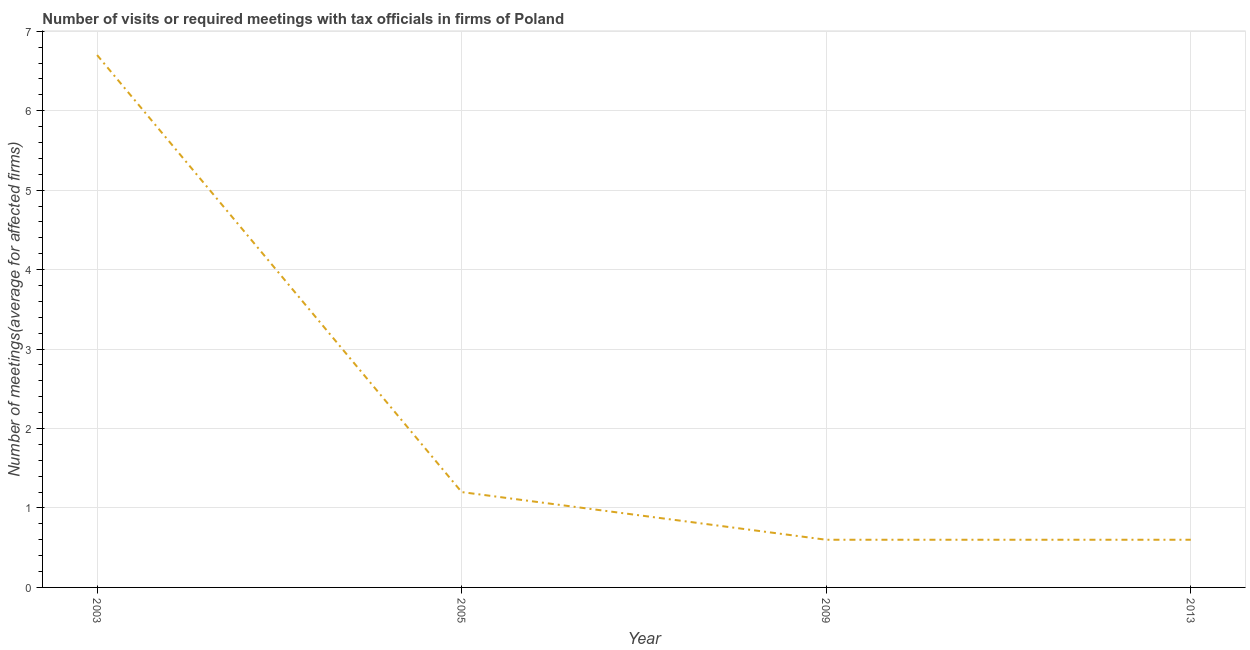
| Year | Meetings with tax officials |
 | --- | --- |
 | 2003 | 6.7 |
 | 2005 | 1.2 |
 | 2009 | 0.6 |
 | 2013 | 0.6 |